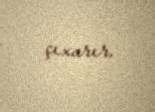
çıxarır.